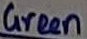
Text: Green